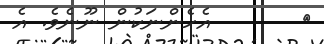
٤       އެހެންނަކުން ނޫނެވެ. އެ